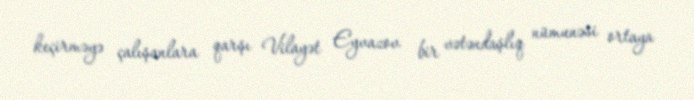
keçirməyə çalışanlara qarşı Vilayət Eyvazov bir vətəndaşlıq nümunəsi ortaya